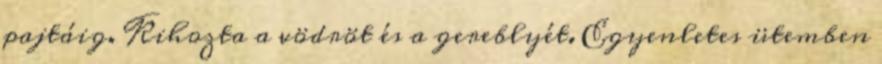
pajtáig. Kihozta a vödröt és a gereblyét. Egyenletes ütemben